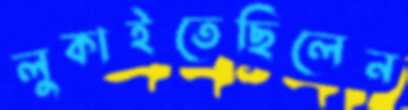
লুকাইতেছিলেন